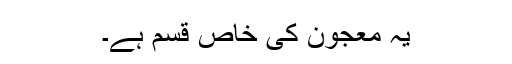
یہ معجون کی خاص قسم ہے۔